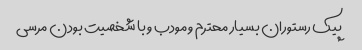
پیک رستوران بسیار محترم و مودب و با شخصیت بودن مرسی